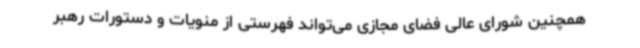
همچنین شورای عالی فضای مجازی می‌تواند فهرستی از منویات و دستورات رهبر